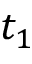
t _ { 1 }